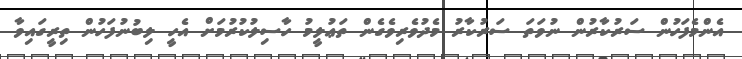
އެންމެފަހުން ސަރުކާރުން ނުވަތަ ސަރުކާރު މެދުވެރިވެގެން ތަޢުލީމު ހާސިލުކުރުމަށް އެހީ ލިބުނުފަހުން ތިރީގައިވާ